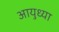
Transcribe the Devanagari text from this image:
आयुध्या